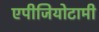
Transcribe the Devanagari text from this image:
एपीजियोटामी